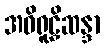
အဝိရူဠှိဆန္ဒာ